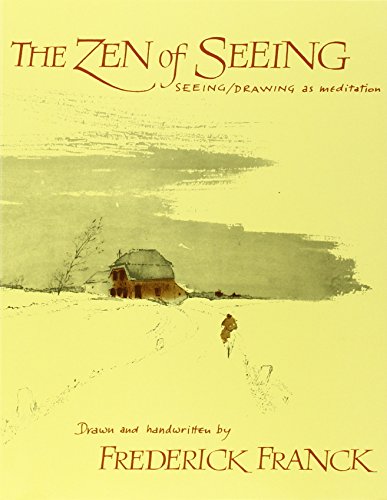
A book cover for Zen of Seeing: Seeing/Drawing as Meditation; Frederick Franck; Religion & Spirituality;